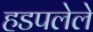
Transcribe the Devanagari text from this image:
हडपलेले